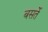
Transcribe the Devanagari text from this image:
बसर्ते